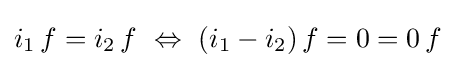
i_{1}\,f=i_{2}\,f\ \Leftrightarrow \ (i_{1}-i_{2})\,f=0=0\,f